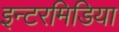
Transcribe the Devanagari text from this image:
इन्टरमिडिया